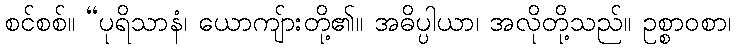
စင်စစ်။ “ပုရိသာနံ၊ ယောကျ်ားတို့၏။ အဓိပ္ပါယာ၊ အလိုတို့သည်။ ဥစ္စာဝစာ၊